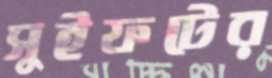
সুইফটের